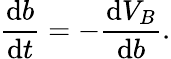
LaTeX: \frac{\mathrm{d}b}{\mathrm{d}t}=-\frac{\mathrm{d}V_{B}}{\mathrm{d}b}.